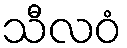
သီလဝံ